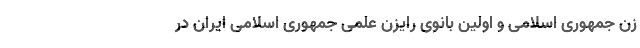
زن جمهوری اسلامی و اولین بانوی رایزن علمی جمهوری اسلامی ایران در